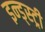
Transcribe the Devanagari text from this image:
इन्ड्स्ट्री